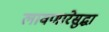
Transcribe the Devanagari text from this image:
लावणारेसुद्धा